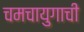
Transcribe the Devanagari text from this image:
चमचायुगाची